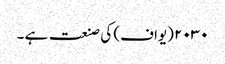
۲۰۳۰ (یواف) کی صنعت ہے ۔